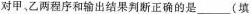
对甲、乙量程序和输出结果判断正确的是___（填